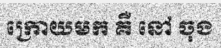
ក្រោយមក គឺ នៅ ចុង